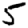
Digit: 5